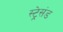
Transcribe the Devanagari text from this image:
स्ट्रेसंड